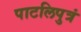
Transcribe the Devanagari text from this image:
पाटलिपुत्रं